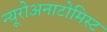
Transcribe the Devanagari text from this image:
न्यूरोअनाटोमिस्ट